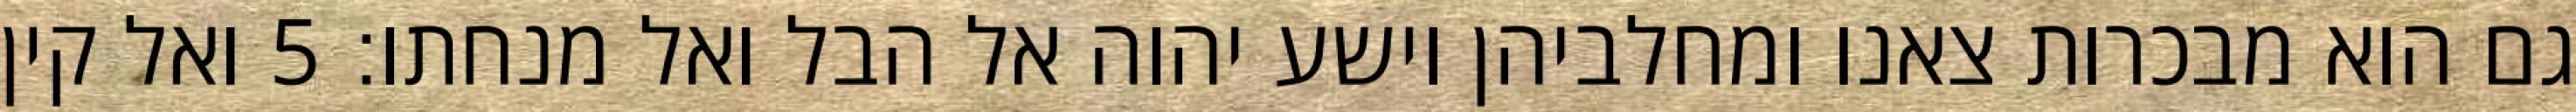
גם הוא מבכרות צאנו ומחלביהן וישע יהוה אל הבל ואל מנחתו׃ ‎5‏ ואל קין